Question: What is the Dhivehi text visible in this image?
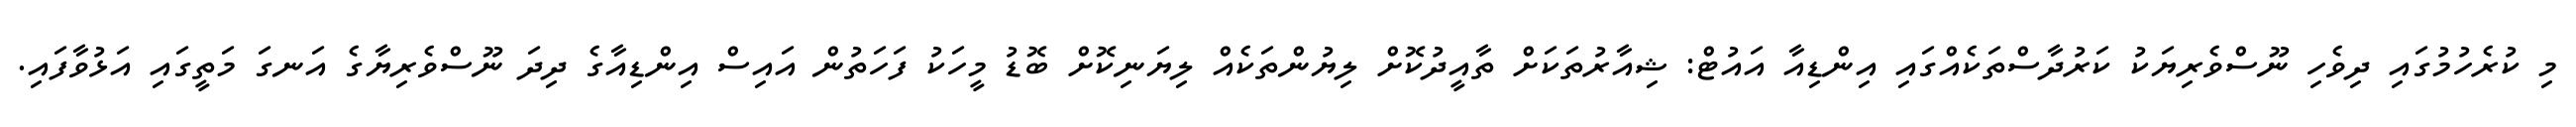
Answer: މި ކުރެހުމުގައި ދިވެހި ނޫސްވެރިޔަކު ކަރުދާސްތަކެއްގައި އިންޑިއާ އައުޓް: ޝިއާރުތަކަށް ތާއީދުކޮށް ލިޔުންތަކެއް ލިޔަނިކޮށް ބޮޑު މީހަކު ފަހަތުން އައިސް އިންޑިއާގެ ދިދަ ނޫސްވެރިޔާގެ އަނގަ މަތީގައި އަޅުވާފައި.